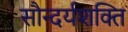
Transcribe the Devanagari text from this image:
सौन्दर्यशक्ति